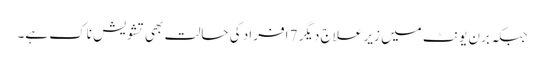
جبکہ برن یونٹ میں زیر علاج دیگر 7 افراد کی حالت بھی تشویش ناک ہے۔